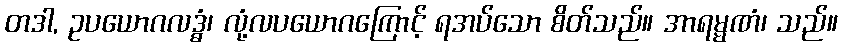
တဒါ, ဥပယောဂလဒ္ဓံ၊ လုံ့လပယောဂကြောင့် ရအပ်သော စိတ်သည်။ အာရမ္မဏံ၊ သည်။